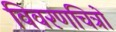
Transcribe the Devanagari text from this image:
विवरणचित्रों